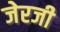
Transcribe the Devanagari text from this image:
जेरजी